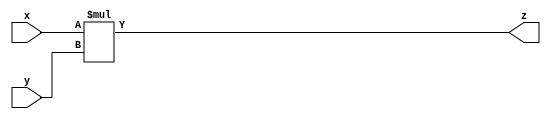
module multbeh(x,y,z);
	input  [7:0]  x,y;
	output [15:0] z;
		assign z=x*y;
endmodule